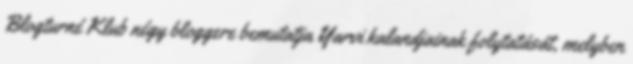
Blogturné Klub négy bloggere bemutatja Yarvi kalandjainak folytatását, melyben